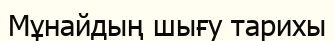
Мұнайдың шығу тарихы